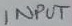
Text: INPUT